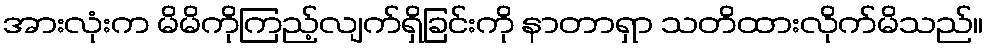
အားလုံးက မိမိကိုကြည့်လျက်ရှိခြင်းကို နာတာရှာ သတိထားလိုက်မိသည်။